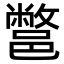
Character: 鄨